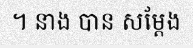
។ នាង បាន សម្តែង